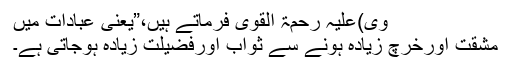
وِی)علیہ رحمۃ القوی فرماتے ہیں،”یعنی عبادات میں
مشقت اورخرچ زیادہ ہونے سے ثواب اورفضیلت زیادہ ہوجاتی ہے۔